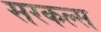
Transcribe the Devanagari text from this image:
सरकल्स